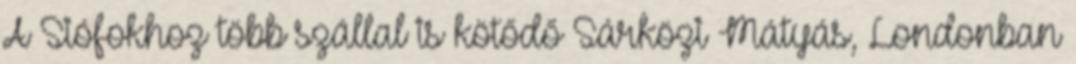
A Siófokhoz több szállal is kötődő Sárközi Mátyás, Londonban